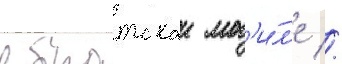
в братскои мог'и́л'е //